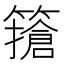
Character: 𥴻